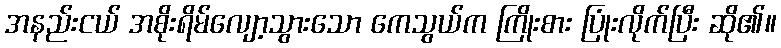
အနည်းငယ် အစိုးရိမ်လျော့သွားသော ကေသွယ်က ကြိုးစား ပြုံးလိုက်ပြီး ဆို၏။